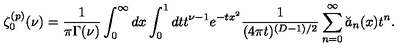
\zeta _ { 0 } ^ { ( p ) } ( \nu ) = { \frac { 1 } { \pi \Gamma ( \nu ) } } \int _ { 0 } ^ { \infty } d x \int _ { 0 } ^ { 1 } d t t ^ { \nu - 1 } e ^ { - t x ^ { 2 } } { \frac { 1 } { ( 4 \pi t ) ^ { ( D - 1 ) / 2 } } } \sum _ { n = 0 } ^ { \infty } \breve { a } _ { n } ( x ) t ^ { n } .